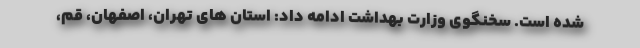
شده است. سخنگوی وزارت بهداشت ادامه داد: استان های تهران، اصفهان، قم،